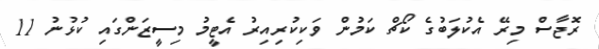
ރޮޖާސް މިރޭ އެކުލަބުގެ ކޯޗް ކަމުން ވަކިކުރިއިރު އެޓީމު މިސީޒަންގައި ކުޅުނު 11